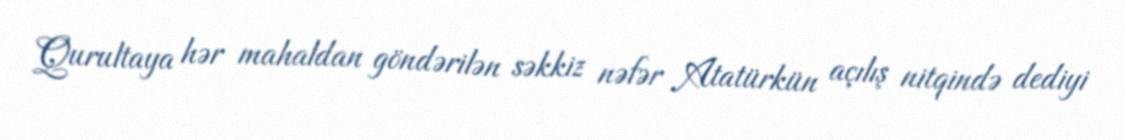
Qurultaya hər mahaldan göndərilən səkkiz nəfər Atatürkün açılış nitqində dediyi